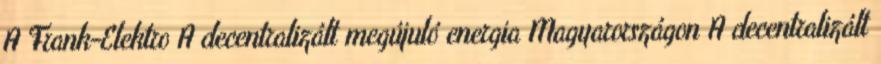
A Frank-Elektro A decentralizált megújuló energia Magyarországon A decentralizált